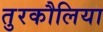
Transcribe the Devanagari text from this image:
तुरकौलिया